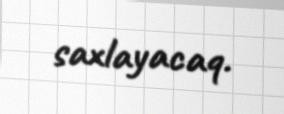
saxlayacaq.